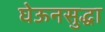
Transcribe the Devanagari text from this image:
घेऊनसुद्धा